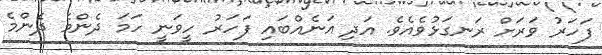
ފަހަރު ވަރަށް ރަނގަޅުވެއެވެ. އަދި އަނެއްބައި ފަހަރު ހީވަނީ ހަމަ ދެންމެ ދެންމެ